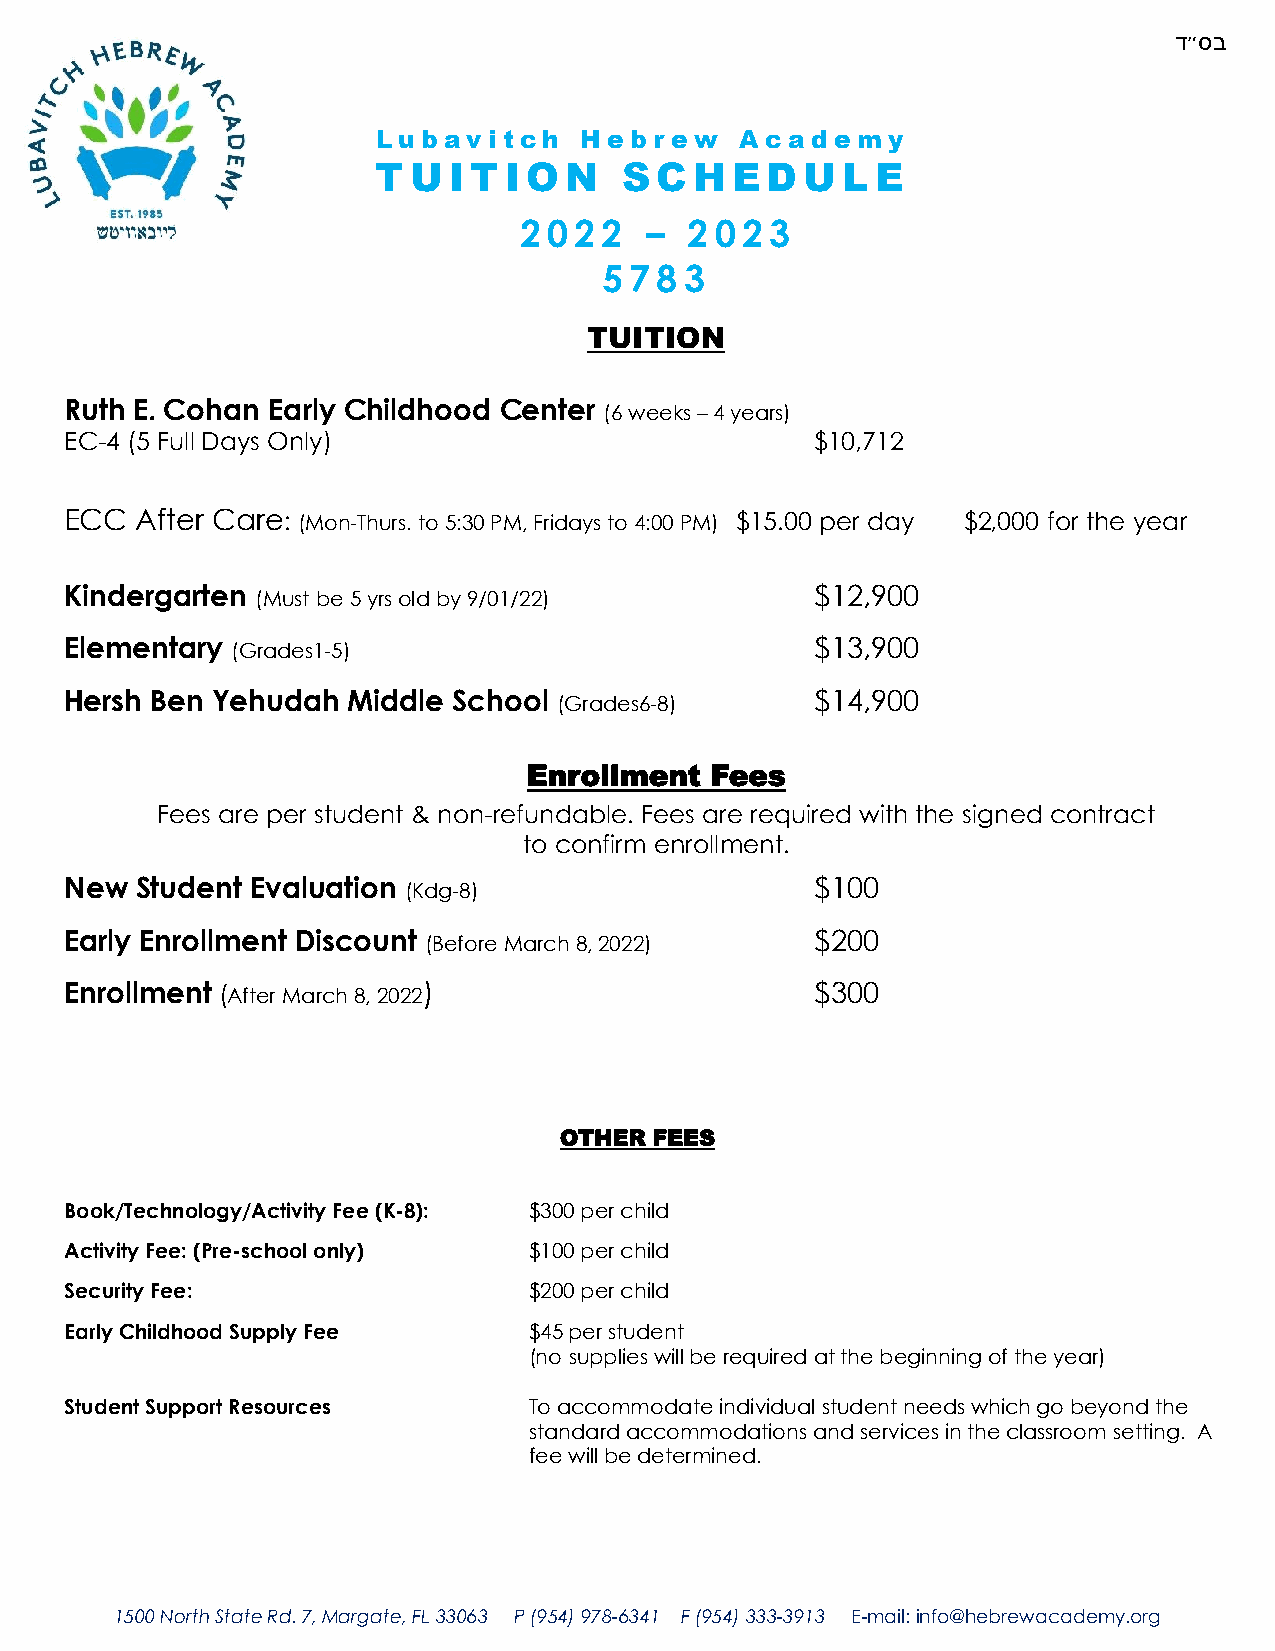
ד״סב
 L u b avitch Heb  r e w A c a d e m y
 TU   ITIO   N   SCHEDULE
 2 0 2 2  –  2023
 57 83
 TUITION
 Ruth E. Cohan Early Childhood Center
 (6 weeks –4 years)
 EC-4 (5 Full Days Only)                           $10,712
 ECC  After Care: (Mon-Thurs. to 5:30 PM, Fridays to 4:00 PM) $15.00 per day $2,000 for the year
 Kindergarten                                      $12,900
 (Must be 5 yrsold by 9/01/22)
 Elementary                                        $13,900
 (Grades1-5)
 Hersh Ben Yehudah  Middle School                  $14,900
 (Grades6-8)
 Enrollment  Fees
 Fees are per student & non-refundable. Fees are required with the signed contract
 to confirm enrollment.
 New  Student Evaluation                           $100
 (Kdg-8)
 Early Enrollment Discount                         $200
 (Before March 8, 2022)
 Enrollment (After March 8, 2022)                  $300
 OTHER FEES
 Book/Technology/Activity Fee (K-8): $300 per child
 Activity Fee: (Pre-school only) $100 per child
 Security Fee:                  $200 per child
 Early Childhood Supply Fee     $45 per student
 (no supplies will be required at the beginning of the year)
 Student Support Resources      To accommodate individual student needs which go beyond the
 standard accommodations and services in the classroom setting. A
 fee will be determined.
 1500 North State Rd. 7, Margate, FL 33063 P (954) 978-6341 F (954) 333-3913 E-mail: info@hebrewacademy.org